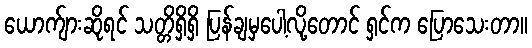
ယောက်ျားဆိုရင် သတ္တိရှိရှိ ပြန်ချမှပေါ့လို့တောင် ရှင်က ပြောသေးတာ။